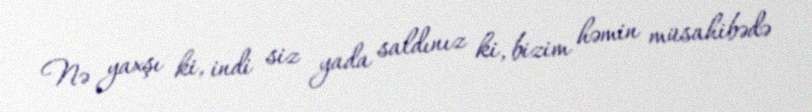
Nə yaxşı ki, indi siz yada saldınız ki, bizim həmin müsahibədə